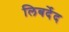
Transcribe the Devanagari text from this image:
लिबर्देद